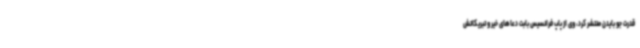
قدرت جو بایدن منتشر کرد، وی از پاپ فرانسیس بابت دعاهای خیر و تبریکاتش